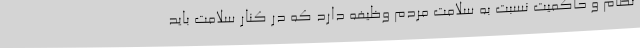
نظام و حاکمیت نسبت به سلامت مردم وظیفه دارد که در کنار سلامت باید